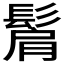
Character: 𩭠